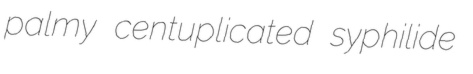
palmy centuplicated syphilide